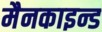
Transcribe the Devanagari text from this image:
मैनकाइन्ड